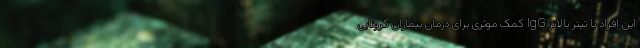
این افراد با تیتر بالاتر IgG کمک موثری برای درمان بیماران کرونایی